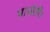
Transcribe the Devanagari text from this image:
पार्वती।